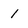
Character: 1